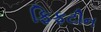
ફિફટીન